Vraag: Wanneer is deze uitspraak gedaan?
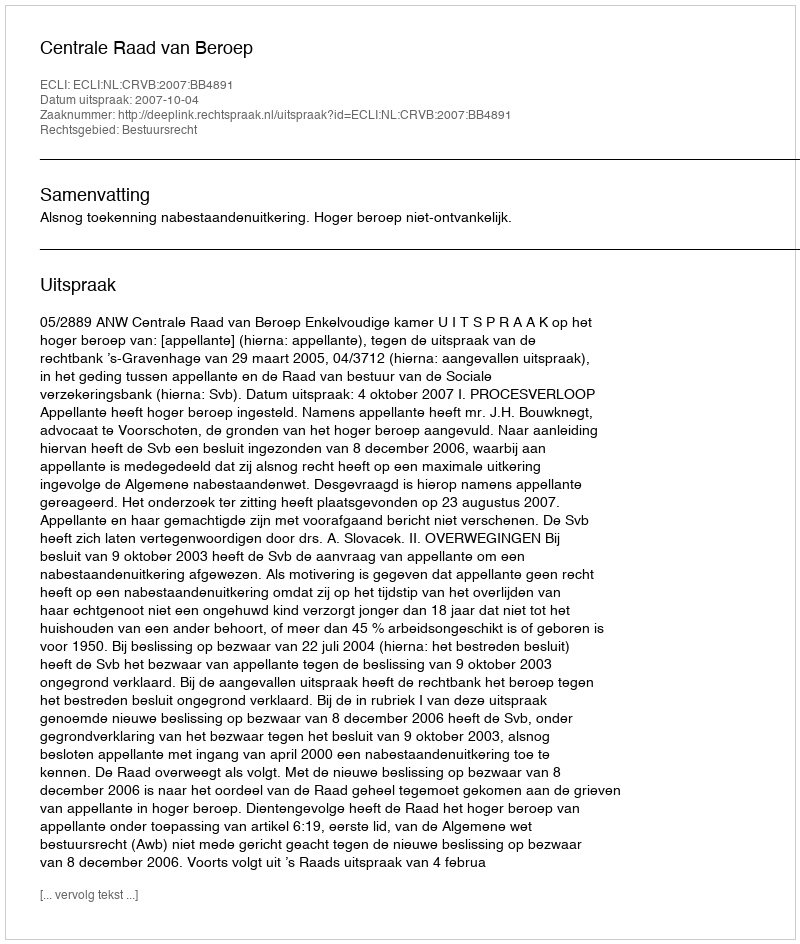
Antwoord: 2007-10-04